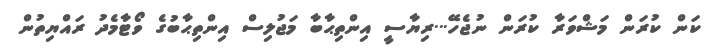
ކަން ކުރަން މަޝްވަރާ ކުރަން ނުޖެހޭ...ރިޔާސީ އިންތިޙާބާ މަޖުލިސް އިންތިޙާބުގެ ވޯޓާމެދު ރައްޔިތުން